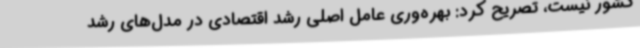
کشور نیست، تصریح کرد: بهره‌وری عامل اصلی رشد اقتصادی در مدل‌های رشد